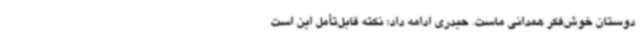
دوستان خوش‌فکر همدانی ماست. حیدری ادامه داد: نکته قابل‌تأمل این است